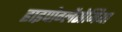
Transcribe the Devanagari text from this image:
हाइपोग्लैसेमिया